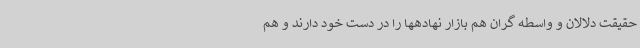
حقیقت دلالان و واسطه گران هم بازار نهادهها را در دست خود دارند و هم